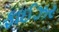
ફાઈઝર